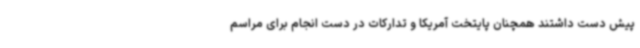
پیش دست داشتند همچنان پایتخت آمریکا و تدارکات در دست انجام برای مراسم